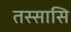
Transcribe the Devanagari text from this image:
तस्सासि